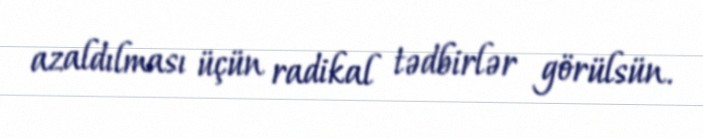
azaldılması üçün radikal tədbirlər görülsün.